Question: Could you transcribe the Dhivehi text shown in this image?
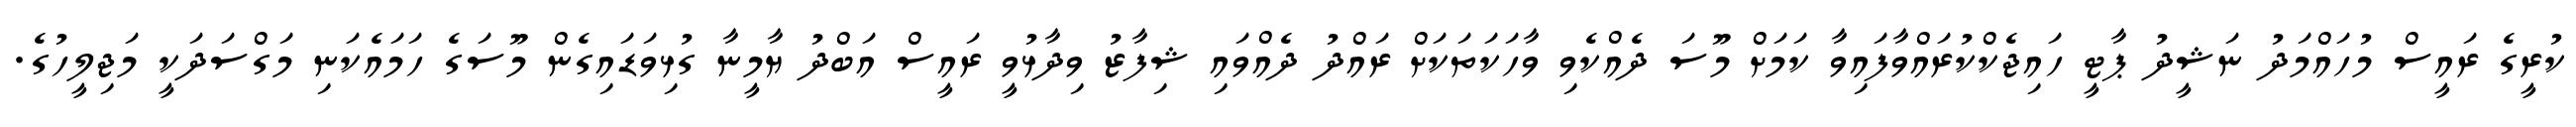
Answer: ކުރީގެ ރައީސް މުހައްމަދު ނަޝީދު ޕާޓީ ހައިޖެކްކުރައްވާފައިވާ ކަމަށް މޫސަ ދެއްކެވި ވާހަކަތަކަށް ރައްދު ދެއްވައި ޝިފާޒު ވިދާޅުވީ ރައީސް އަބްދު ޔާމީނާ ގުޅިވަޑައިގެން މޫސަގެ ހަމައެކަނި މަގްސަދަކީ މަޖިލީހުގެ.